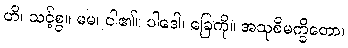
ဟိ၊ သင့်စွ။ မမ၊ ငါ၏။ ပါဒေါ၊ ခြေကို။ အသုစိမက္ခိတော၊